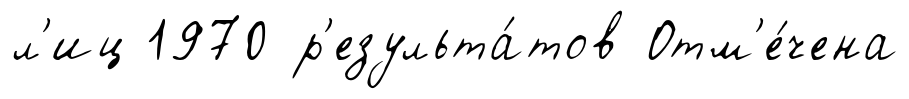
л'иц 1970 р'езульта́тов Отм'е́чена